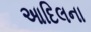
આદિલના